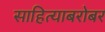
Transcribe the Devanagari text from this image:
साहित्याबरोबर